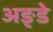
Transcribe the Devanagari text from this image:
अङ्डे